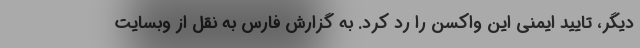
دیگر، تایید ایمنی این واکسن را رد کرد. به گزارش فارس به نقل از وبسایت